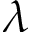
\lambda